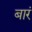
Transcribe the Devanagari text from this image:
बारं